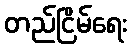
တည်ငြိမ်ရေး